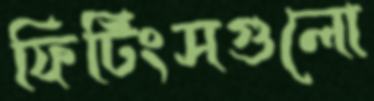
ফিটিংসগুলো